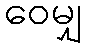
ဝေမျှ